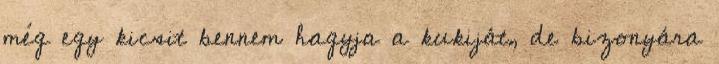
még egy kicsit bennem hagyja a kukiját, de bizonyára